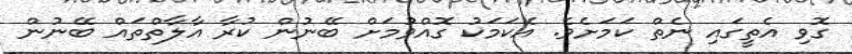
ގޮވި އެތީގައި ނެތް ކަމަށެވެ. އެކަމަކު ގޮއްވުމަށް ބޭނުން ކުރާ އާލާތްތައް ބޭނުން